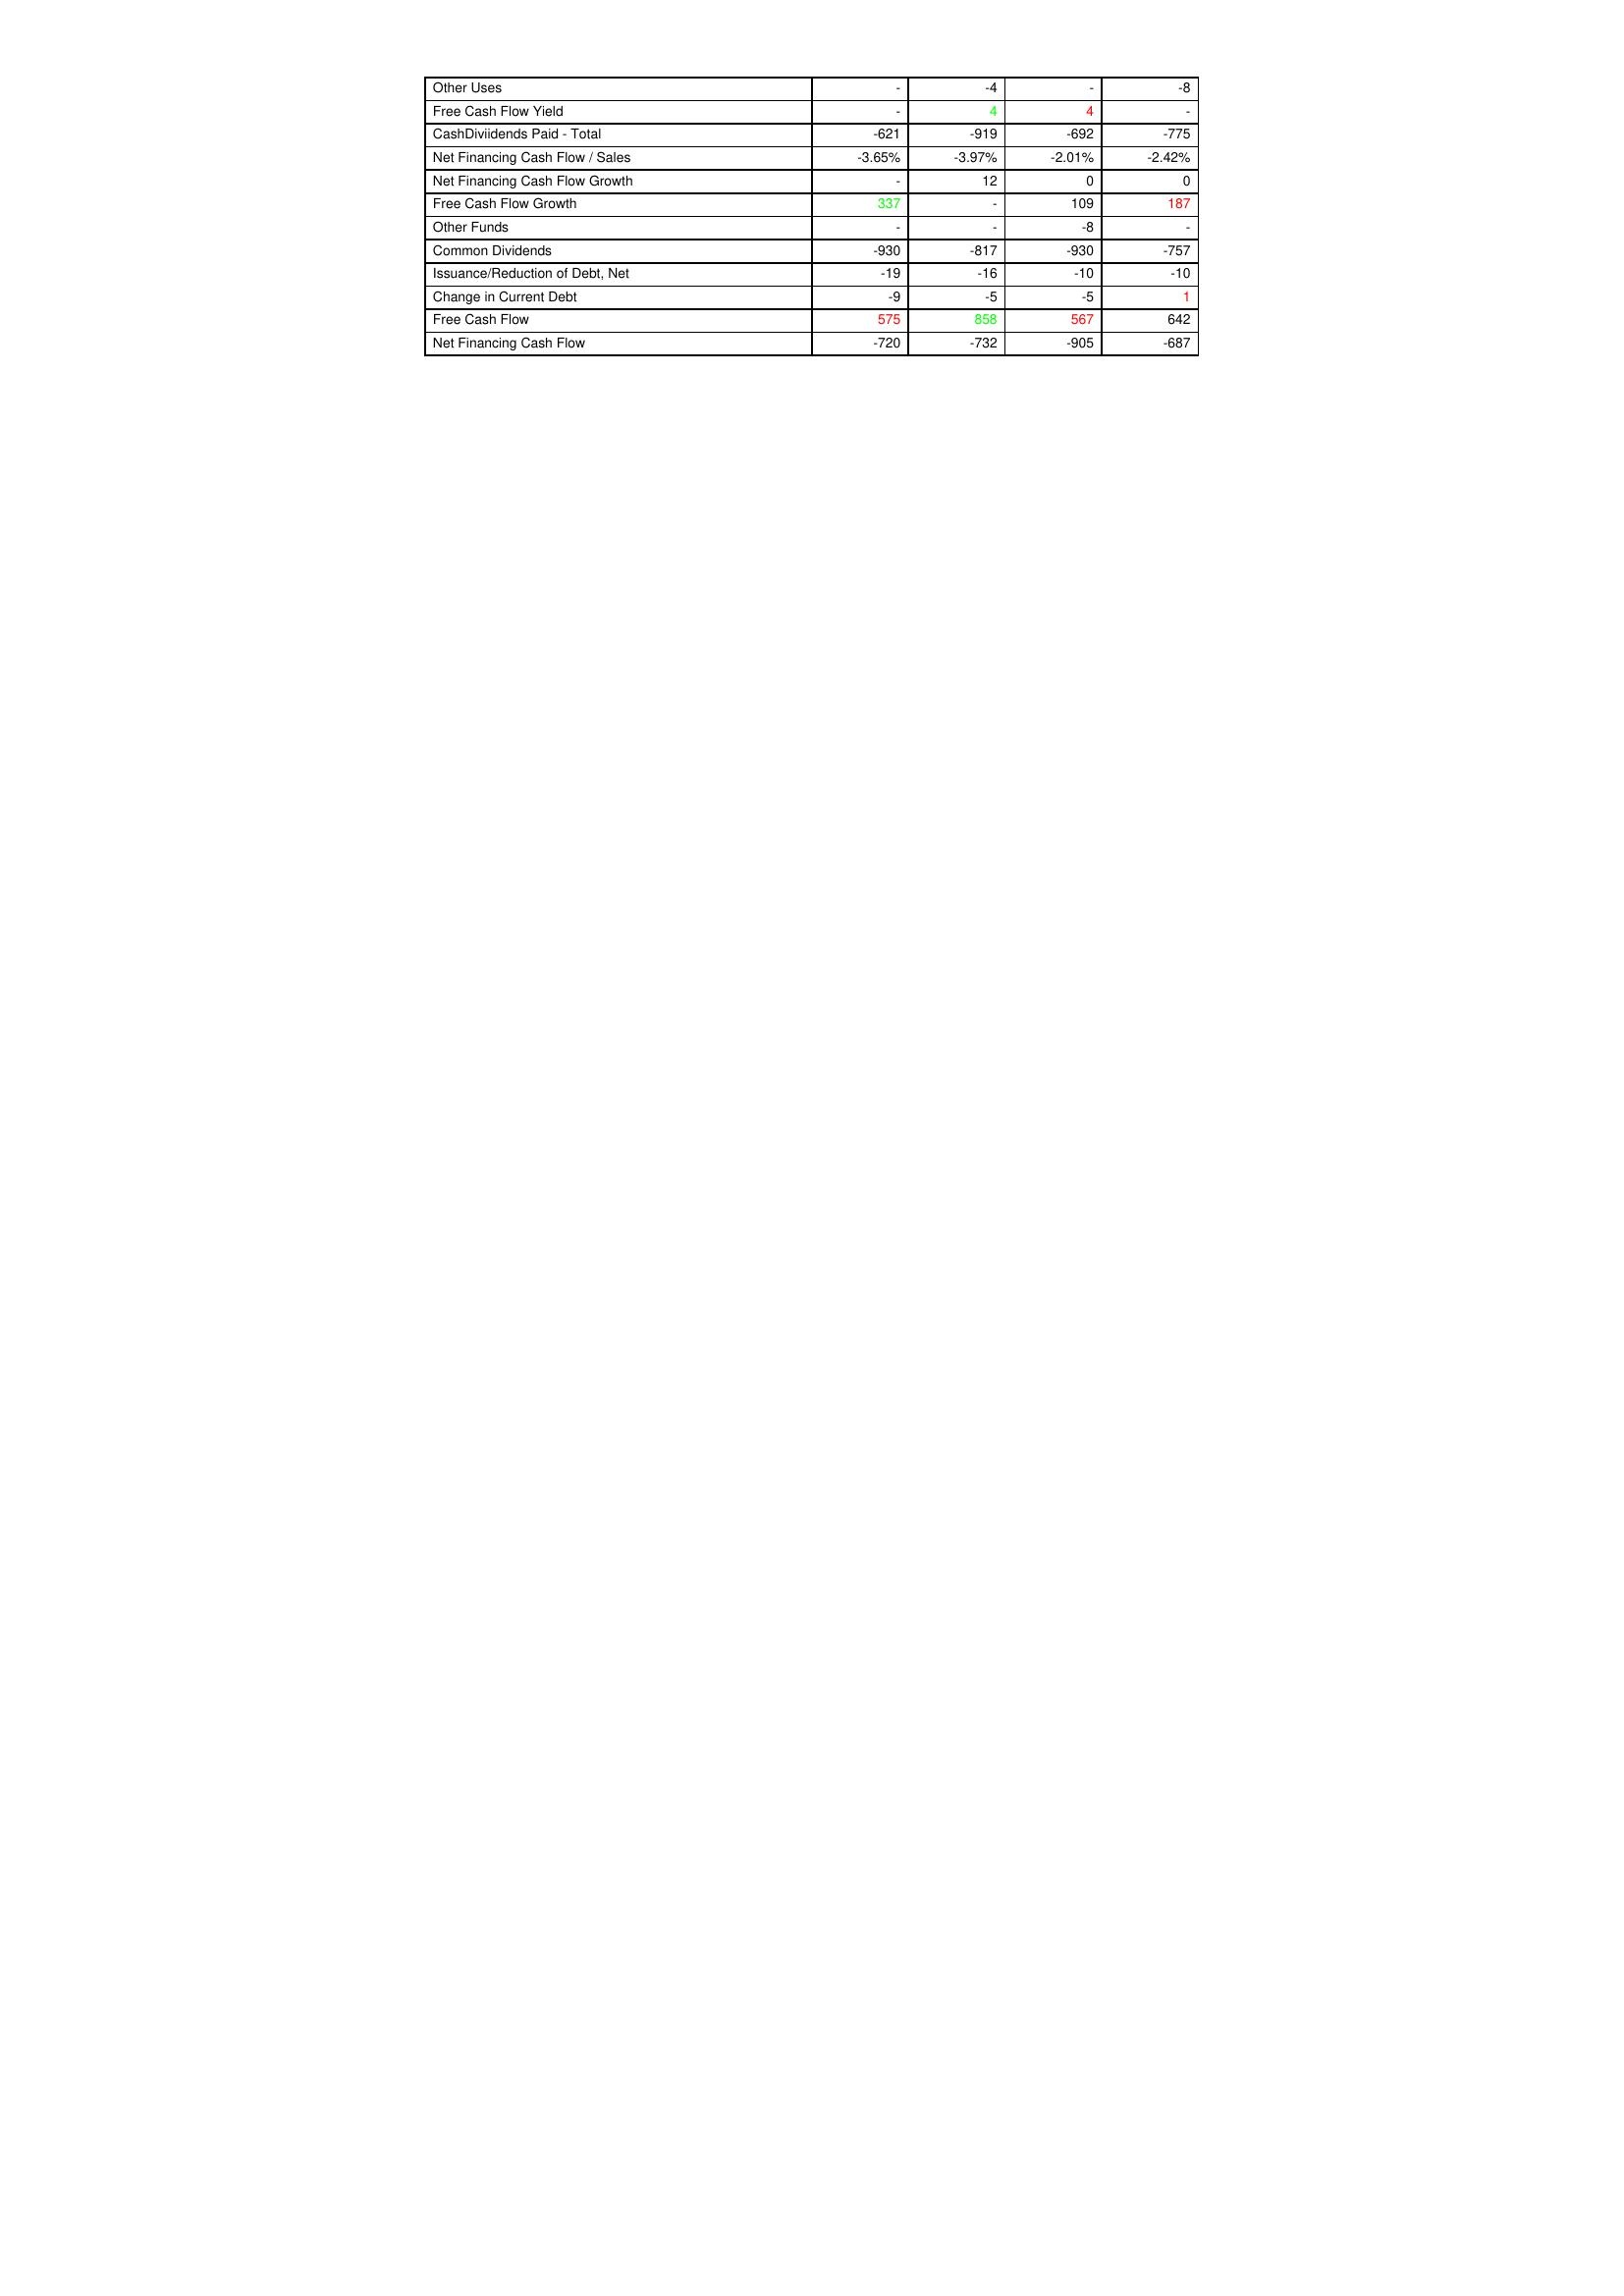
gt_parse: 2015: Financing Activities: Other Uses: -
Free Cash Flow Yield: -
CashDiviidends Paid - Total: -621
Net Financing Cash Flow / Sales: -3.65%
Net Financing Cash Flow Growth: -
Free Cash Flow Growth: 337
Other Funds: -
Common Dividends: -930
Issuance/Reduction of Debt, Net: -19
Change in Current Debt: -9
Free Cash Flow: 575
Net Financing Cash Flow: -720
2016: Financing Activities: Other Uses: -4
Free Cash Flow Yield: 4
CashDiviidends Paid - Total: -919
Net Financing Cash Flow / Sales: -3.97%
Net Financing Cash Flow Growth: 12
Free Cash Flow Growth: -
Other Funds: -
Common Dividends: -817
Issuance/Reduction of Debt, Net: -16
Change in Current Debt: -5
Free Cash Flow: 858
Net Financing Cash Flow: -732
2017: Financing Activities: Other Uses: -
Free Cash Flow Yield: 4
CashDiviidends Paid - Total: -692
Net Financing Cash Flow / Sales: -2.01%
Net Financing Cash Flow Growth: 0
Free Cash Flow Growth: 109
Other Funds: -8
Common Dividends: -930
Issuance/Reduction of Debt, Net: -10
Change in Current Debt: -5
Free Cash Flow: 567
Net Financing Cash Flow: -905
2018: Financing Activities: Other Uses: -8
Free Cash Flow Yield: -
CashDiviidends Paid - Total: -775
Net Financing Cash Flow / Sales: -2.42%
Net Financing Cash Flow Growth: 0
Free Cash Flow Growth: 187
Other Funds: -
Common Dividends: -757
Issuance/Reduction of Debt, Net: -10
Change in Current Debt: 1
Free Cash Flow: 642
Net Financing Cash Flow: -687